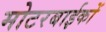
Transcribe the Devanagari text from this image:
मोटरबाईकों